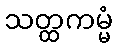
သတ္ထကမ္မံ